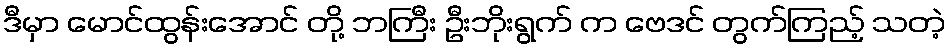
ဒီမှာ မောင်ထွန်းအောင် တို့ ဘကြီး ဦးဘိုးရွက် က ဗေဒင် တွက်ကြည့် သတဲ့